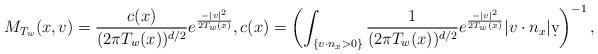
LaTeX: \begin{align*}M_{T_w}(x,v) = \frac{c(x)}{(2 \pi T_w(x))^{d/2}} e^{\frac{-|v|^2}{2T_w(x)}}, c (x) = \left ( \int_{\{v \cdot n_x >0\}} \frac{1}{(2 \pi T_w(x))^{d/2}} e^{\frac{-|v|^2}{2T_w(x)}} |v \cdot n_x| \d v \right )^{-1},\end{align*}